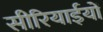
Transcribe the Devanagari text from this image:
सीरियाईयों